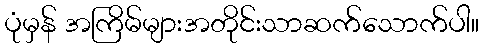
ပုံမှန် အကြိမ်များအတိုင်းသာဆက်သောက်ပါ။